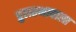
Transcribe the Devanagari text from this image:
चुलतभावाला